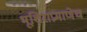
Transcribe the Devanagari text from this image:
भूशिराप्रमाणेच